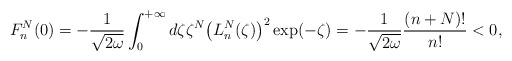
\begin{align*} F_{n}^{N}(0)=-\frac{1}{\sqrt{2\omega }}\int_{0}^{+\infty }d\zeta \zeta ^{N}\big( L_{n}^{N}(\zeta) \big) ^{2}\exp ( -\zeta ) =-\frac{1}{\sqrt{2\omega }}\frac{(n+N) !}{n!}<0, \end{align*}